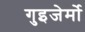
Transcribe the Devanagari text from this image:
गुइजेर्मो